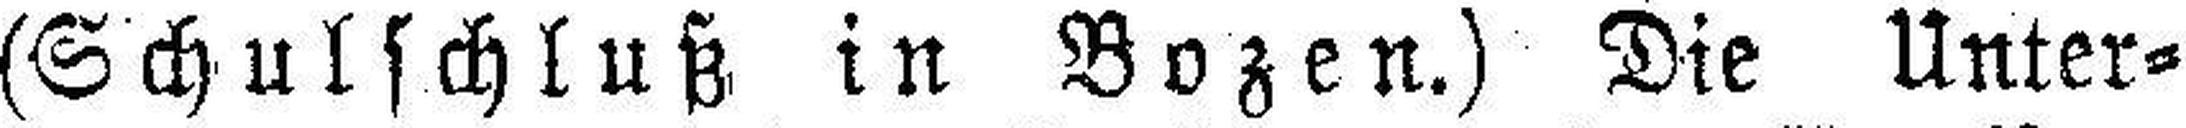
(Schulschluß in Bozen.) Die Unter¬